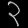
Digit: ၃